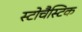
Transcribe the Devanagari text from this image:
स्टोचैस्टिक